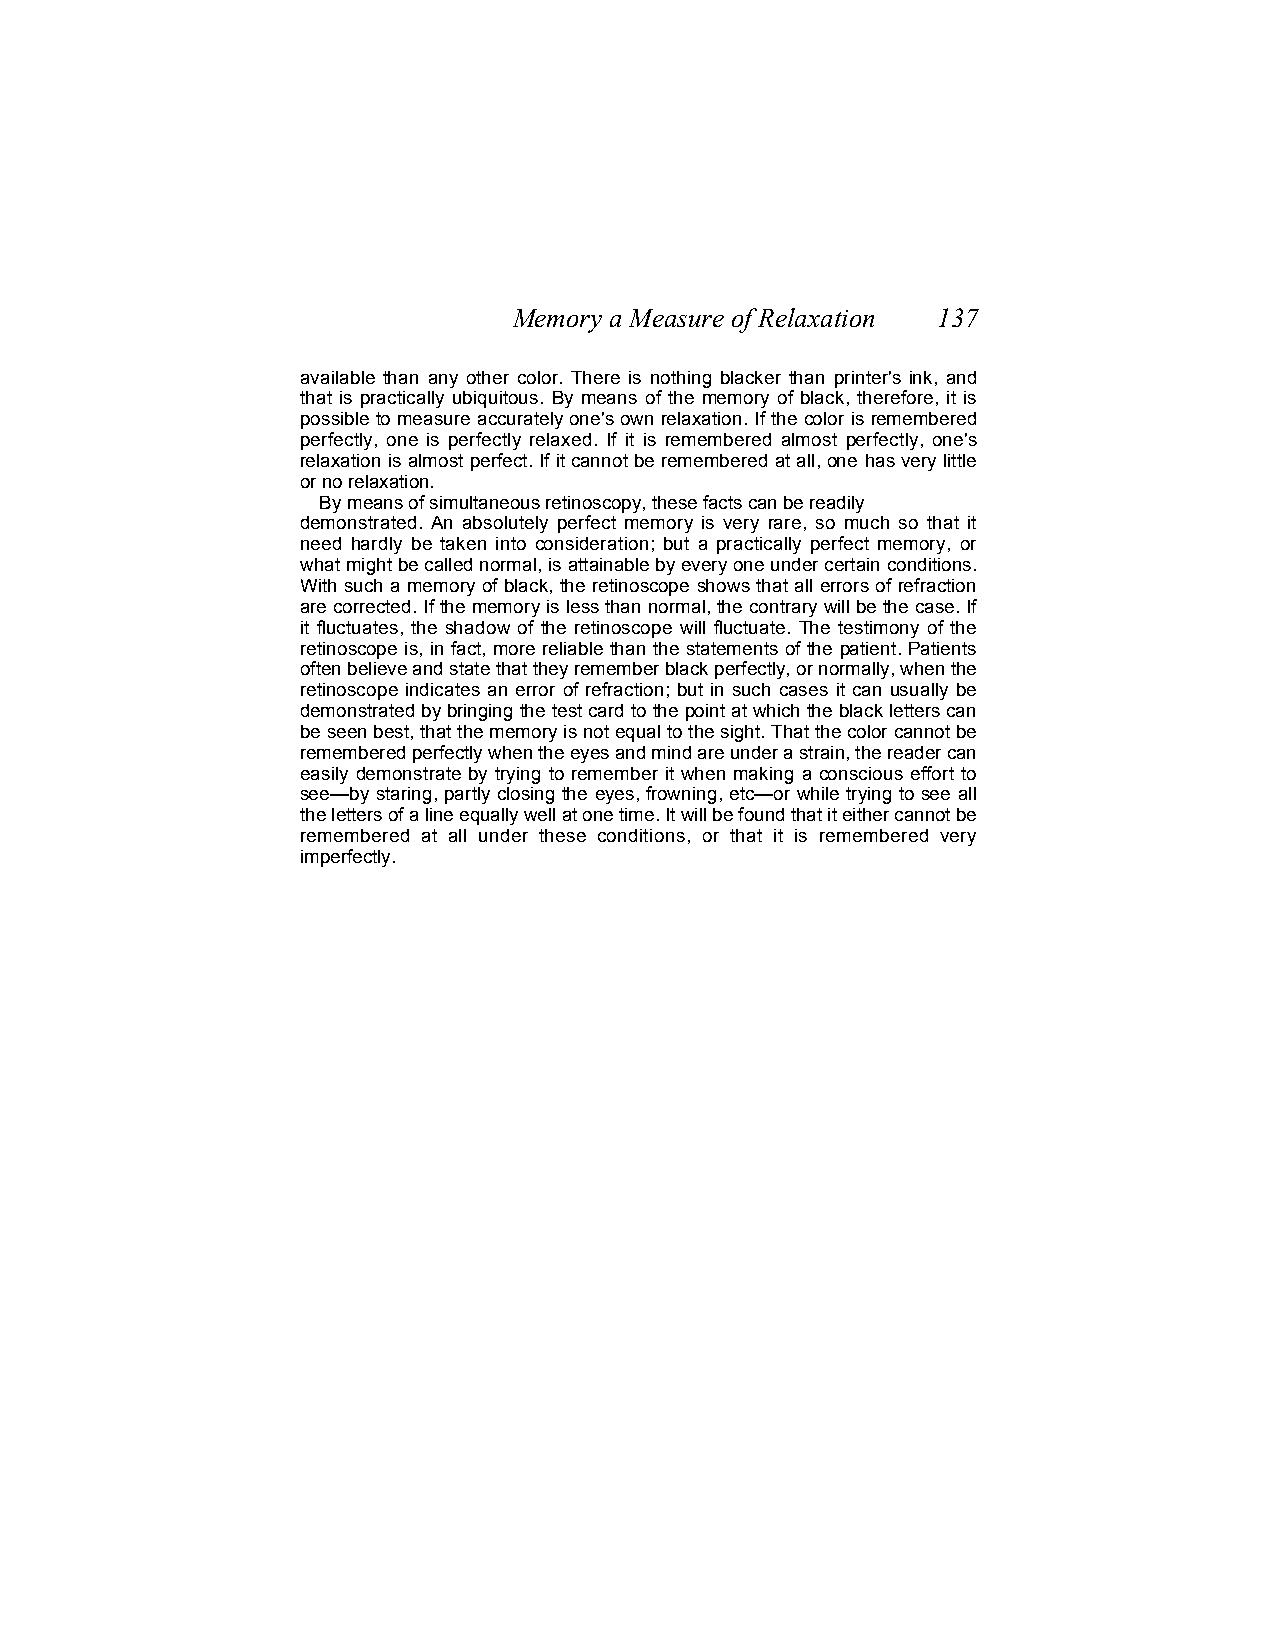
Memory a Measure of Relaxation 137
 available than any other color. There is nothing blacker than printer's ink, and
 that is practically ubiquitous. By means of the memory of black, therefore, it is
 possible to measure accurately one's own relaxation. If the color is remembered
 perfectly, one is perfectly relaxed. If it is remembered almost perfectly, one's
 relaxation is almost perfect. If it cannot be remembered at all, one has very little
 or no relaxation.
 By means of simultaneous retinoscopy, these facts can be readily
 demonstrated. An absolutely perfect memory is very rare, so much so that it
 need hardly be taken into consideration; but a practically perfect memory, or
 what might be called normal, is attainable by every one under certain conditions.
 With such a memory of black, the retinoscope shows that all errors of refraction
 are corrected. If the memory is less than normal, the contrary will be the case. If
 it fluctuates, the shadow of the retinoscope will fluctuate. The testimony of the
 retinoscope is, in fact, more reliable than the statements of the patient. Patients
 often believe and state that they remember black perfectly, or normally, when the
 retinoscope indicates an error of refraction; but in such cases it can usually be
 demonstrated by bringing the test card to the point at which the black letters can
 be seen best, that the memory is not equal to the sight. That the color cannot be
 remembered perfectly when the eyes and mind are under a strain, the reader can
 easily demonstrate by trying to remember it when making a conscious effort to
 see—by staring, partly closing the eyes, frowning, etc—or while trying to see all
 the letters of a line equally well at one time. It will be found that it either cannot be
 remembered at all under these conditions, or that it is remembered very
 imperfectly.